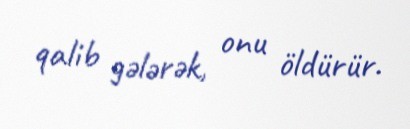
qalib gələrək, onu öldürür.